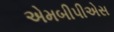
એમબીપીએસ